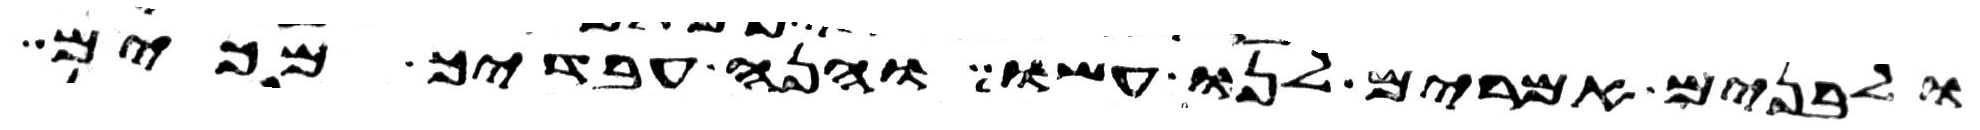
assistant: ולבנים אמרים לנו עשו והנה עבדיך מכים